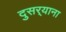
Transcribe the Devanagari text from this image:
दुसर्‍याना